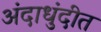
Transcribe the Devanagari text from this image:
अंदाधुंदीत